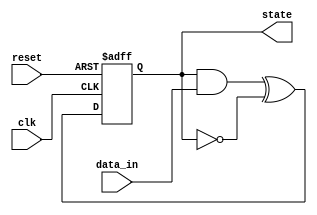
module FeedbackRegister (
    input wire clk,              // Clock signal
    input wire reset,            // Reset signal
    input wire [3:0] data_in,    // External data input
    output reg [3:0] state       // Current state output
);

// Feedback logic: Example logic combining current state and data_in
wire [3:0] feedback_logic;
assign feedback_logic = (state & data_in) ^ (~state); // Example logic

// Sequential logic for state storage
always @(posedge clk or posedge reset) begin
    if (reset) begin
        state <= 4'b0000; // Initialize state to 0 on reset
    end else begin
        state <= feedback_logic; // Update state with feedback logic
    end
end

endmodule